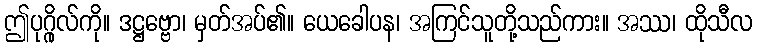
ဤပုဂ္ဂိုလ်ကို။ ဒဋ္ဌဗ္ဗော၊ မှတ်အပ်၏။ ယေခေါပန၊ အကြင်သူတို့သည်ကား။ အဿ၊ ထိုသီလ